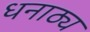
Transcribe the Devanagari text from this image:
धनाठ्य